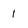
Character: 1